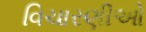
વિચારણીઓ